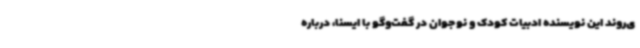
ی‌روند این نویسنده ادبیات کودک و نوجوان در گفت‌وگو با ایسنا، درباره